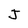
Character: J